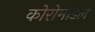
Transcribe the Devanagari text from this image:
कोरोमांडल